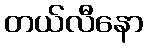
တယ်လီနော